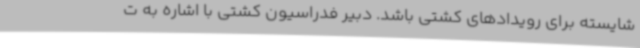
شایسته برای رویدادهای کشتی باشد. دبیر فدراسیون کشتی با اشاره به ت